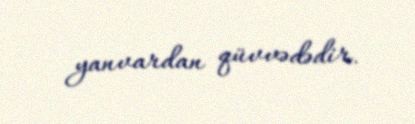
yanvardan qüvvədədir.